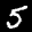
Label: 5